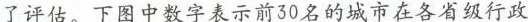
了评估。下图中数字表示前30名的城市在各省级行政